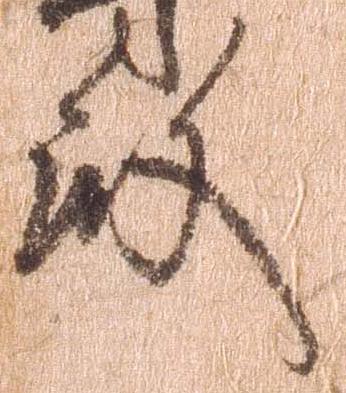
殿